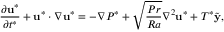
\frac { \partial \mathbf { u } ^ { * } } { \partial t ^ { * } } + \mathbf { u } ^ { * } \cdot \nabla \mathbf { u } ^ { * } = - \nabla P ^ { * } + \sqrt { \frac { P r } { R a } } \nabla ^ { 2 } \mathbf { u } ^ { * } + T ^ { * } \tilde { \mathbf { y } } ,